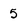
Character: 5